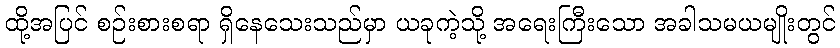
ထို့အပြင် စဉ်းစားစရာ ရှိနေသေးသည်မှာ ယခုကဲ့သို့ အရေးကြီးသော အခါသမယမျိုးတွင်